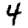
Digit: 4